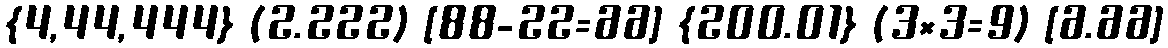
{4,44,444} (2.222) [88-22=66] {200.01} (3×3=9) [6.66]